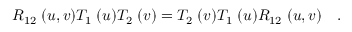
R _ { 1 2 } \; ( u , v ) T _ { 1 } \; ( u ) T _ { 2 } \; ( v ) = T _ { 2 } \; ( v ) T _ { 1 } \; ( u ) R _ { 1 2 } \; ( u , v ) \quad .